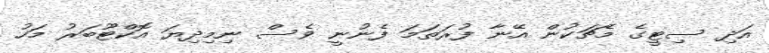
އަދި ސިޓީގެ މެޗަކުން އޭނާ ފުރަތަމަ ފެނުނީ ވެސް ނިމިދިޔަ އޮކްޓޫބަރު މަހު